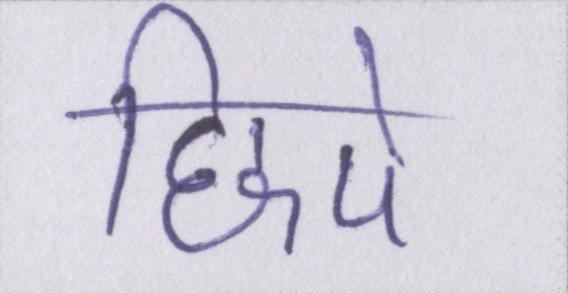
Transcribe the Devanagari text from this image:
छिपे